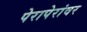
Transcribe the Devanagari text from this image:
पेरापेरांवर